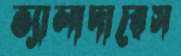
ভ্যালাদারেস